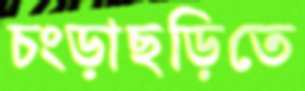
চংড়াছড়িতে